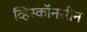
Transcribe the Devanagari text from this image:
व्हिस्कॉनसीन